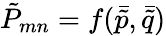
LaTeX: {\tilde{P}}_{mn}=f({\bar{\tilde{p}}},{\bar{\tilde{q}}})